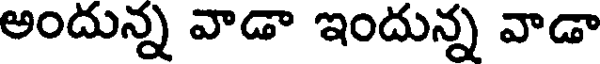
అందున్న వాడా ఇందున్న వాడా